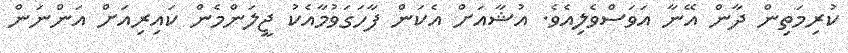
ކުރިމަތިން ދާން އޭނާ އަވަސްވެލިއެވެ. އުޝާއަށް އެކަން ފާހަގަވުމާއެކު ޖީލަންމެން ކައިރިއަށް އަންނަން